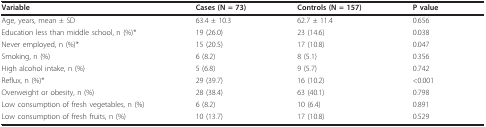
| Variable | Cases (N = 73) | Controls (N = 157) | P value |
 | --- | --- | --- | --- |
 | Age, years, mean ± SD | 63.4 ± 10.3 | 62.7 ± 11.4 | 0.656 |
 | Education less than middle school, n (%) * | 19 (26.0) | 23 (14.6) | 0.038 |
 | Never employed, n (%) * | 15 (20.5) | 17 (10.8) | 0.047 |
 | Smoking, n (%) | 6 (8.2) | 8 (5.1) | 0.356 |
 | High alcohol intake, n (%) | 5 (6.8) | 9 (5.7) | 0.742 |
 | Reflux, n (%) * | 29 (39.7) | 16 (10.2) | <0.001 |
 | Overweight or obesity, n (%) | 28 (38.4) | 63 (40.1) | 0.798 |
 | Low consumption of fresh vegetables, n (%) | 6 (8.2) | 10 (6.4) | 0.891 |
 | Low consumption of fresh fruits, n (%) | 10 (13.7) | 17 (10.8) | 0.529 |